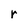
Character: r